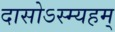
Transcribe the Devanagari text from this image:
दासोऽस्म्यहम्